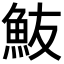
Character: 𩵼